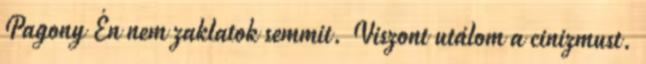
Pagony Én nem zaklatok semmit. Viszont utálom a cinizmust.